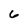
Character: 6